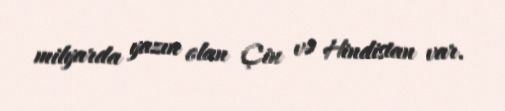
milyarda yazın olan Çin və Hindistan var.